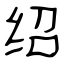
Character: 绍